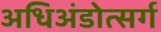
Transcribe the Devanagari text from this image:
अधिअंडोत्सर्ग